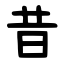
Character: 昔